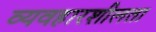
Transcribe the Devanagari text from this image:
व्यवहारशीलता